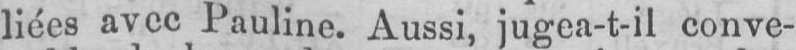
Pauline. Aussi, jugea-t-il conve-